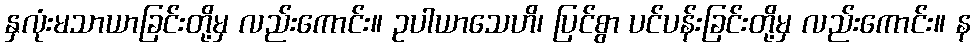
နှလုံးမသာယာခြင်းတို့မှ လည်းကောင်း။ ဥပါယာသေဟိ၊ ပြင်စွာ ပင်ပန်းခြင်းတို့မှ လည်းကောင်း။ န